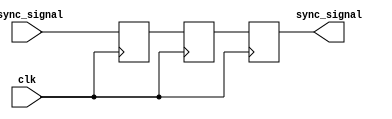
module triple_ff_synchronizer (
    input wire clk,          // Receiving clock signal
    input wire async_signal, // Asynchronous input signal
    output reg sync_signal   // Synchronized output signal
);

// Intermediate signals for the flip-flops
reg ff1_out;
reg ff2_out;

// Flip-Flops for the triple synchronization
always @(posedge clk) begin
    ff1_out <= async_signal; // FF1 samples the async_signal
    ff2_out <= ff1_out;      // FF2 samples the output of FF1
    sync_signal <= ff2_out;  // FF3 samples the output of FF2
end

endmodule